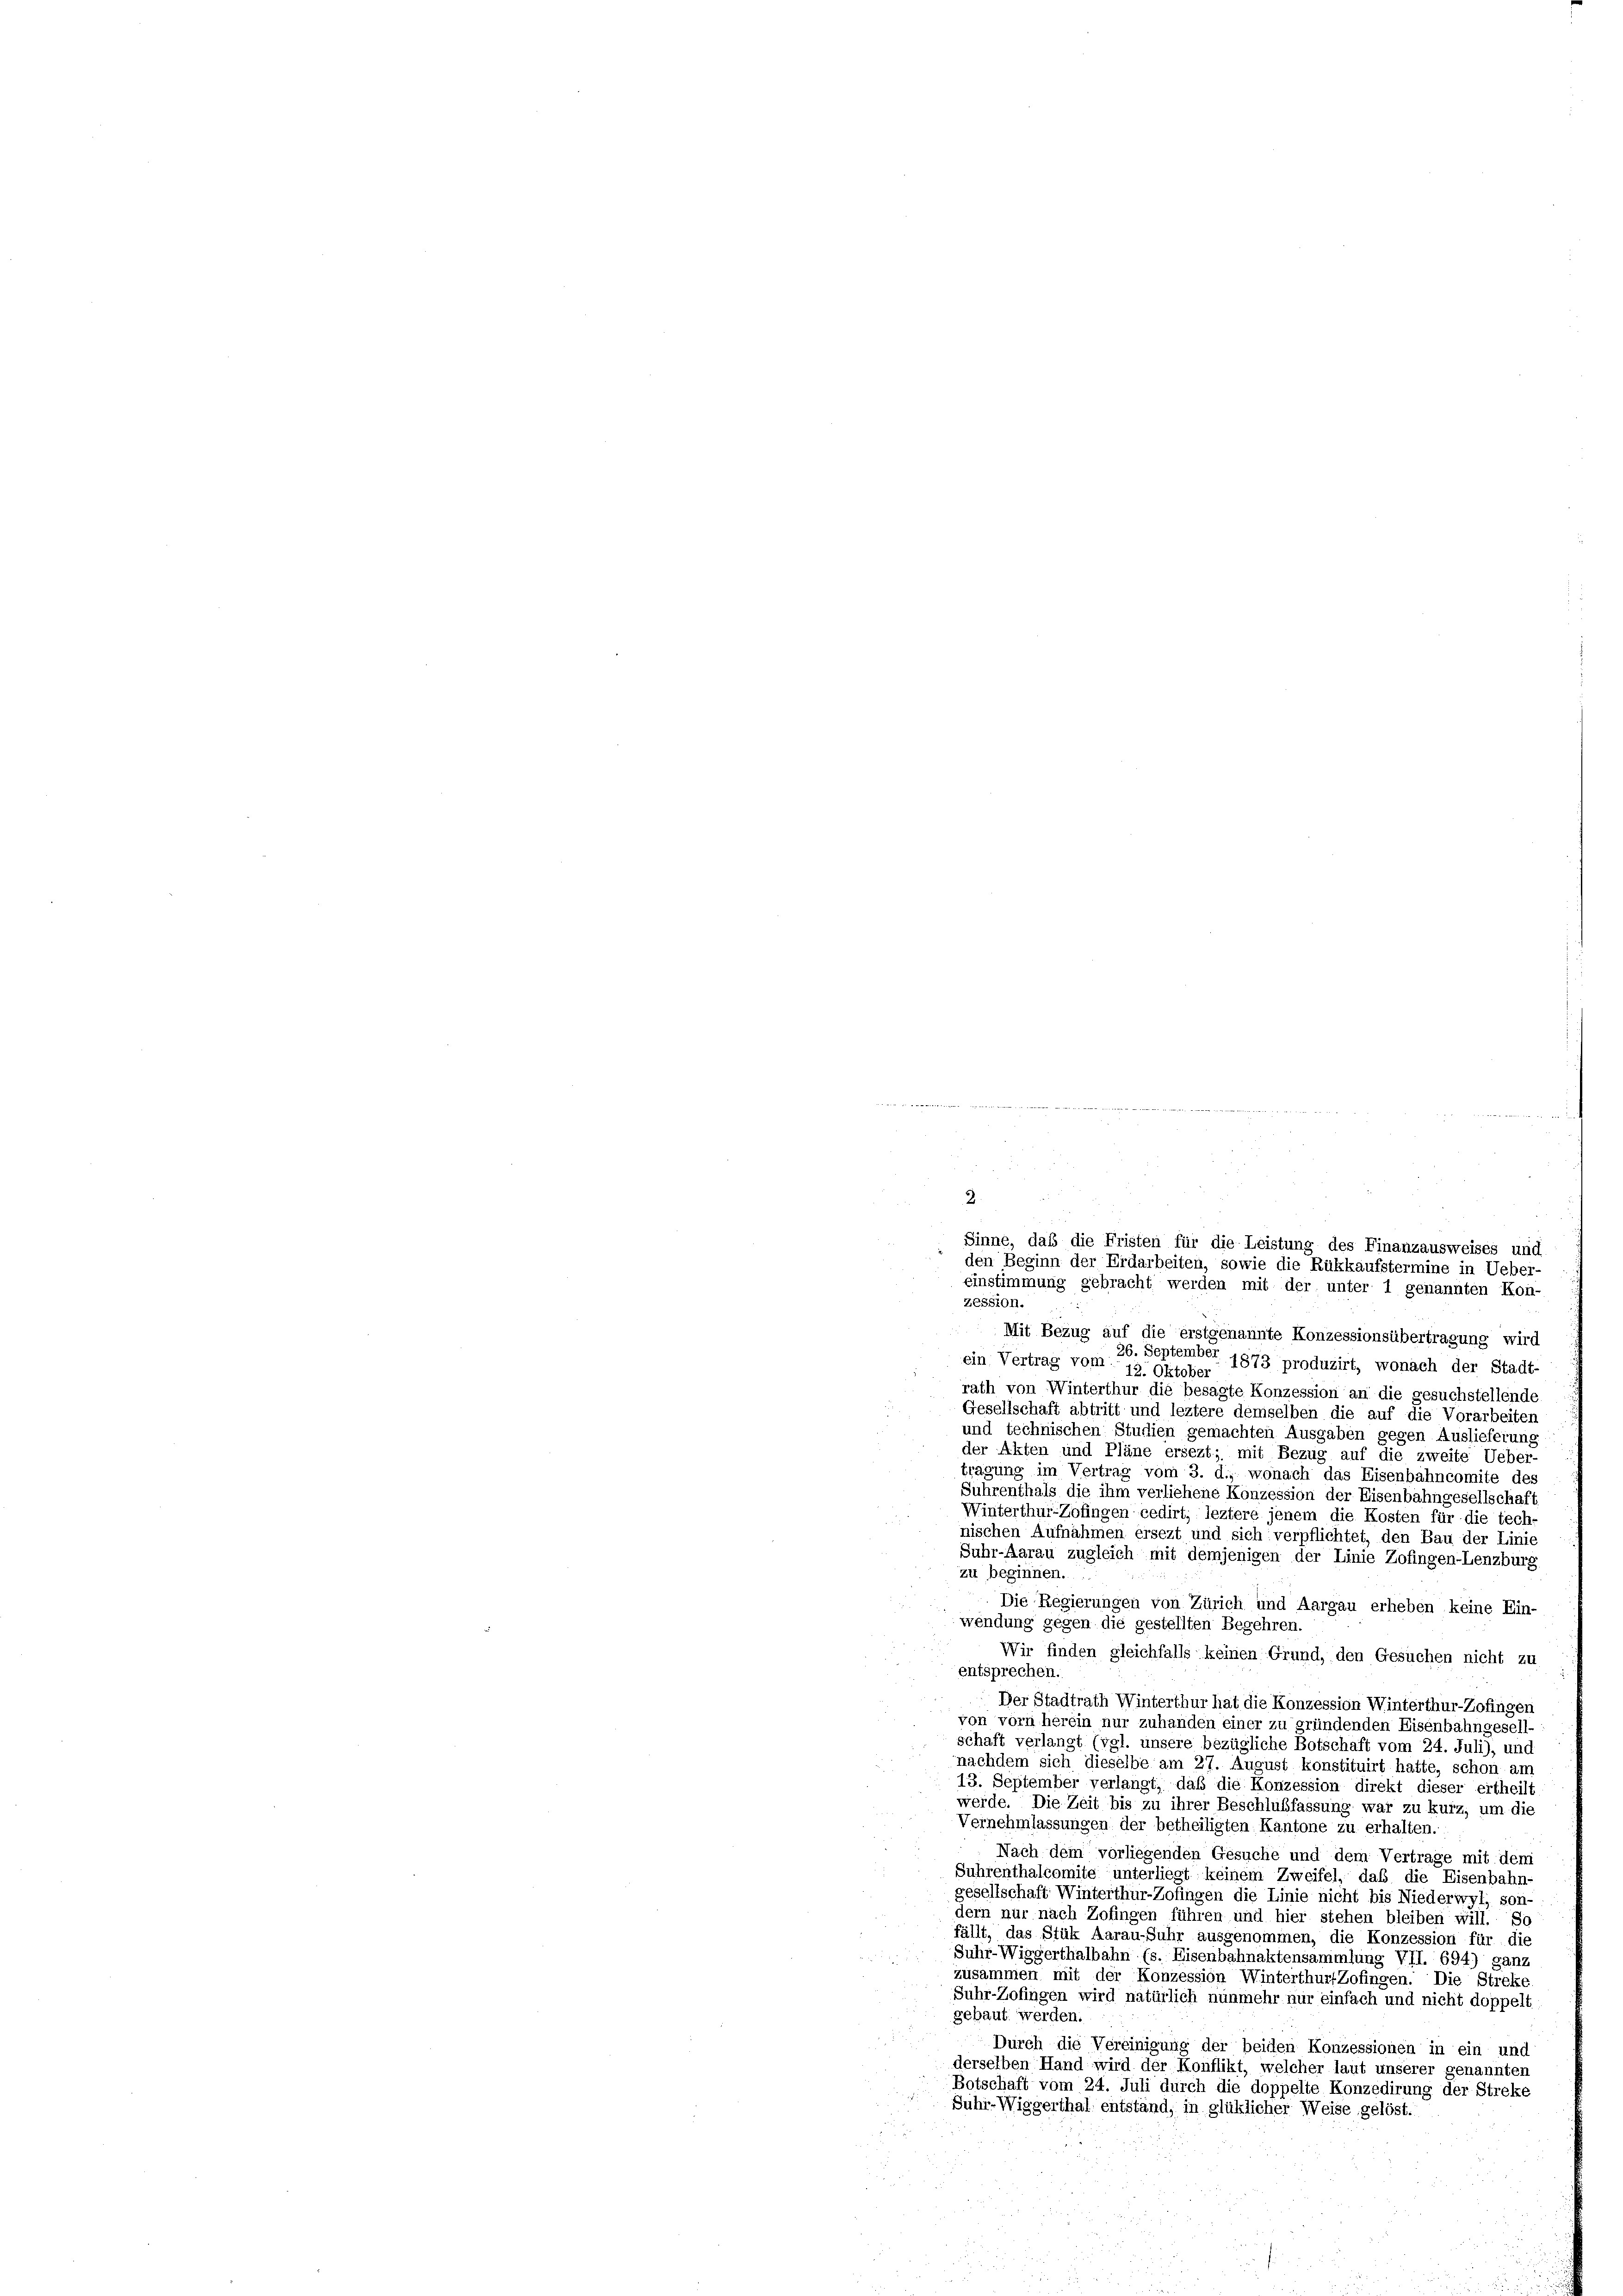
2.
Sinne, daß die Fristen für die
Leistur
Finanzausweises und
den Beginn der Erdarbeiten, sowie die Rükkaufstermine in Ueber-
einstimmung gebracht werden mit der unter 1 genannten Kon-
zession.

Mit Bezug auf die erstgenannte Konzessionsübertragung wird
26. September 1873 produzirt, wonach der Stadt-
ein Vertrag vom 12 Oktober
rath von Winterthur die besagte Konzession an die gesuchstellende
Gesellschaft abtritt und leztere demselben die auf die Vorarbeiten
und technischen Studien gemachten Ausgaben gegen Auslieferung
der Akten und Pläne ersezt; mit Bezug auf die zweite Ueber-
tragung im Vertrag vom 3. d., wonach das Eisenbahncomite des
Suhrenthals die ihm verliehene Konzession der Eisenbahngesellschaft
Winterthur-Zofingen cedirt, leztere jenem die Kosten für die tech-
nischen Aufnahmen ersezt und sich verpflichtet, den Bau der Linie
Suhr-Aarau zugleich mit demjenigen der Linie Zofingen-Lenzburg
zu beginnen.
Die Regierungen von Zürich und Aargau erheben keine Ein-
wendung gegen die gestellten Begehren.
Wir finden gleichfalls keinen Grund, den Gesuchen nicht zu
entsprechen.
Der Stadtrath Winterthur hat die Konzession Winterthur-Zofingen
von vorn herein nur zuhanden einer zu gründenden Eisenbahngesell-
schaft verlangt (vgl. unsere bezügliche Botschaft vom 24. Juli), und
nachdem sich dieselbe am 27. August konstituirt hatte, schon am
13. September verlangt, daß die Konzession direkt dieser ertheilt
werde. Die Zeit bis zu ihrer Beschlußfassung war zu kurz, um die
Vernehmlassungen der betheiligten Kantone zu erhalten.
Nach dem vorliegenden Gesuche und dem Vertrage mit dem
Suhrenthalcomite unterliegt keinem Zweifel, daß die Eisenbahn-
gesellschaft Winterthur-Zofingen die Linie nicht bis Niederwyl, son-
dern nur nach Zofingen führen und hier stehen bleiben will. So
fällt, das Stük Aarau-Fuhr ausgenommen, die Konzession für die
Suhr-Wiggerthalbahn (s. Eisenbahnaktensammlung VII. 694) ganz
zusammen mit der Konzession WinterthurfZofingen. Die Streke,
Suhr-Zofingen wird natürlich nunmehr nur einfach und nicht doppelt
gebaut werden.
Durch die Vereinigung der beiden Konzessionen in ein und
derselben Hand wird der Konflikt, welcher laut unserer genannten
Botschaft vom 24. Juli durch die doppelte Konzedirung der Streke
Suhr-Wiggerthal entstand, in glüklicher Weise gelöst.